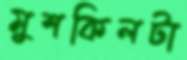
মুশকিলটা